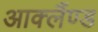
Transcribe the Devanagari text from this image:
आक्लैंण्ड